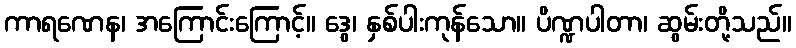
ကာရဏေန၊ အကြောင်းကြောင့်။ ဒွေ၊ နှစ်ပါးကုန်သော။ ပိဏ္ဍပါတာ၊ ဆွမ်းတို့သည်။